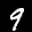
Label: 9